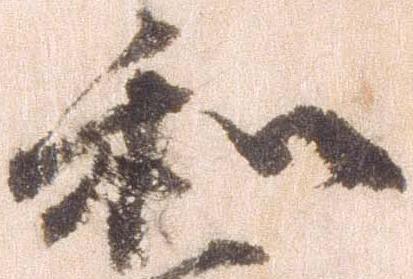
和